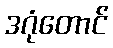
ဒဂုံတောင်